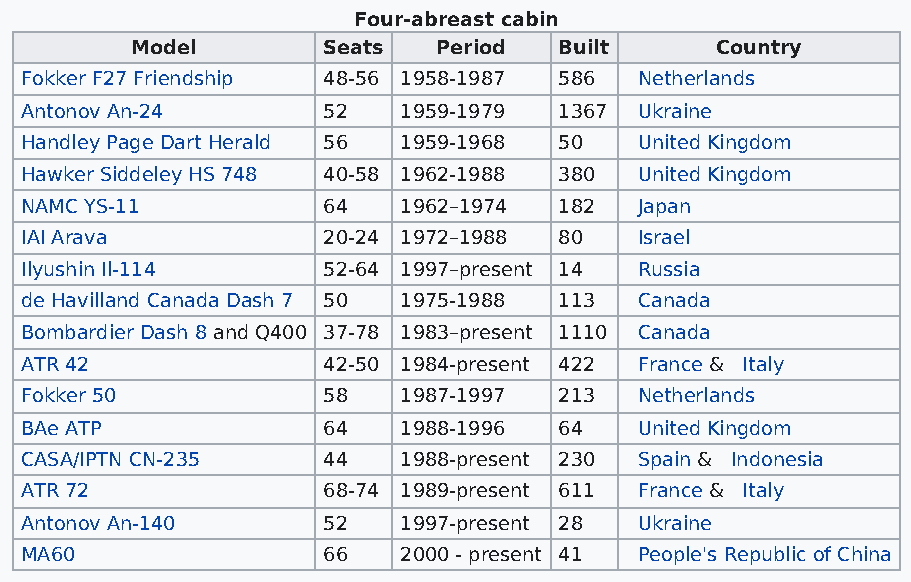
Four-abreast cabin
 Model       Seats   Period  Built     Country
 Fokker F27 Friendship 48-56 1958-1987 586 Netherlands
 Antonov An-24       52   1959-1979  1367 Ukraine
 Handley Page Dart Herald 56 1959-1968 50 United Kingdom
 Hawker Siddeley HS 748 40-58 1962-1988 380 United Kingdom
 NAMC YS-11          64   1962–1974  182  Japan
 IAI Arava           20-24 1972–1988 80   Israel
 Ilyushin Il-114     52-64 1997–present 14 Russia
 de Havilland Canada Dash 7 50 1975-1988 113 Canada
 Bombardier Dash 8 and Q400 37-78 1983–present 1110 Canada
 ATR 42              42-50 1984-present 422 France & Italy
 Fokker 50           58   1987-1997  213  Netherlands
 BAe ATP             64   1988-1996  64   United Kingdom
 CASA/IPTN CN-235    44   1988-present 230 Spain & Indonesia
 ATR 72              68-74 1989-present 611 France & Italy
 Antonov An-140      52   1997-present 28 Ukraine
 MA60                66   2000 - present 41 People's Republic of China